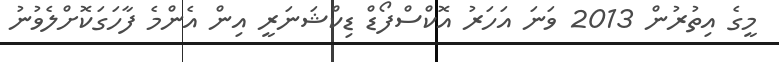
މީގެ އިތުރުން 2013 ވަނަ އަހަރު އޮކްސްފޯޑް ޑިކްޝަނަރީ އިން އެންމެ ފާހަގަކޮށްލެވުނު